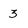
Character: 3